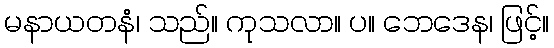
မနာယတနံ၊ သည်။ ကုသလာ။ ပ။ ဘေဒေန၊ ဖြင့်။